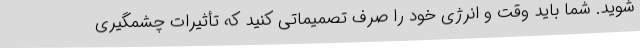
شوید. شما باید وقت و انرژی خود را صرف تصمیماتی کنید که تأثیرات چشمگیری